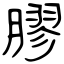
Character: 膠